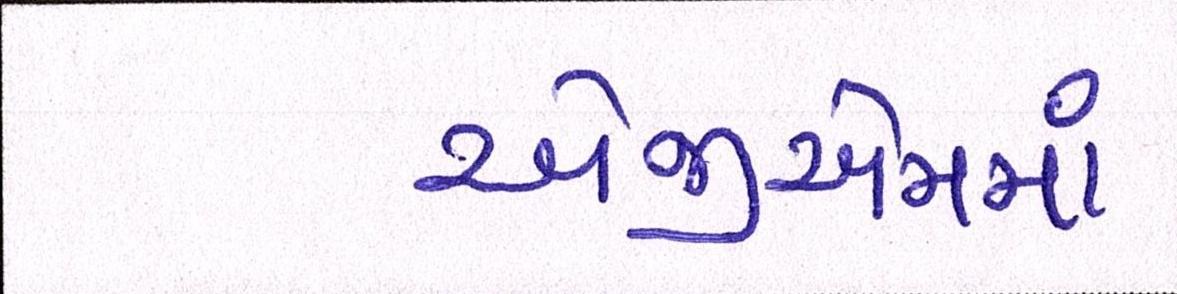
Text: એજીએમમાં